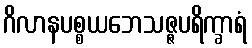
ဂိလာနပစ္စယဘေသဇ္ဇပရိက္ခာရံ